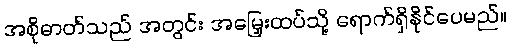
အစိုဓာတ်သည် အတွင်း အမြှေးထပ်သို့ ရောက်ရှိနိုင်ပေမည်။